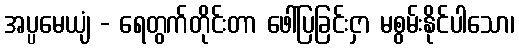
အပ္ပမေယျံ - ရေတွက်တိုင်းတာ ဖေါ်ပြခြင်းငှာ မစွမ်းနိုင်ပါသော၊